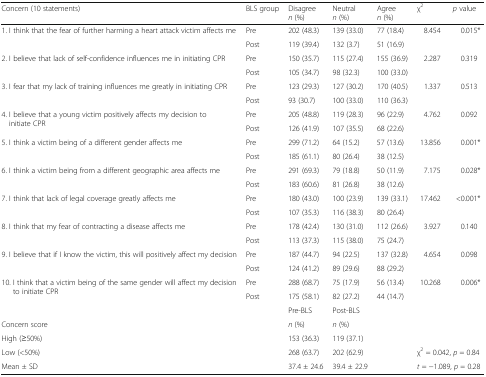
<table><thead><tr><td><b>Concern (10 statements)</b></td><td><b>BLS group</b></td><td><b>Disagree<i>n</i> (%)</b></td><td><b>Neutral<i>n</i> (%)</b></td><td><b>Agree<i>n</i> (%)</b></td><td><b>χ<sup>2</sup></b></td><td><b><i>p</i> value</b></td></tr></thead><tbody><tr><td rowspan="2">1. I think that the fear of further harming a heart attack victim affects me</td><td>Pre</td><td>202 (48.3)</td><td>139 (33.0)</td><td>77 (18.4)</td><td rowspan="2">8.454</td><td rowspan="2">0.015*</td></tr><tr><td>Post</td><td>119 (39.4)</td><td>132 (3.7)</td><td>51 (16.9)</td></tr><tr><td rowspan="2">2. I believe that lack of self-confidence influences me in initiating CPR</td><td>Pre</td><td>150 (35.7)</td><td>115 (27.4)</td><td>155 (36.9)</td><td rowspan="2">2.287</td><td rowspan="2">0.319</td></tr><tr><td>Post</td><td>105 (34.7)</td><td>98 (32.3)</td><td>100 (33.0)</td></tr><tr><td rowspan="2">3. I fear that my lack of training influences me greatly in initiating CPR</td><td>Pre</td><td>123 (29.3)</td><td>127 (30.2)</td><td>170 (40.5)</td><td rowspan="2">1.337</td><td rowspan="2">0.513</td></tr><tr><td>Post</td><td>93 (30.7)</td><td>100 (33.0)</td><td>110 (36.3)</td></tr><tr><td rowspan="2">4. I believe that a young victim positively affects my decision to initiate CPR</td><td>Pre</td><td>205 (48.8)</td><td>119 (28.3)</td><td>96 (22.9)</td><td rowspan="2">4.762</td><td rowspan="2">0.092</td></tr><tr><td>Post</td><td>126 (41.9)</td><td>107 (35.5)</td><td>68 (22.6)</td></tr><tr><td rowspan="2">5. I think a victim being of a different gender affects me</td><td>Pre</td><td>299 (71.2)</td><td>64 (15.2)</td><td>57 (13.6)</td><td rowspan="2">13.856</td><td rowspan="2">0.001*</td></tr><tr><td>Post</td><td>185 (61.1)</td><td>80 (26.4)</td><td>38 (12.5)</td></tr><tr><td rowspan="2">6. I think a victim being from a different geographic area affects me</td><td>Pre</td><td>291 (69.3)</td><td>79 (18.8)</td><td>50 (11.9)</td><td rowspan="2">7.175</td><td rowspan="2">0.028*</td></tr><tr><td>Post</td><td>183 (60.6)</td><td>81 (26.8)</td><td>38 (12.6)</td></tr><tr><td rowspan="2">7. I think that lack of legal coverage greatly affects me</td><td>Pre</td><td>180 (43.0)</td><td>100 (23.9)</td><td>139 (33.1)</td><td rowspan="2">17.462</td><td rowspan="2">&lt;0.001*</td></tr><tr><td>Post</td><td>107 (35.3)</td><td>116 (38.3)</td><td>80 (26.4)</td></tr><tr><td rowspan="2">8. I think that my fear of contracting a disease affects me</td><td>Pre</td><td>178 (42.4)</td><td>130 (31.0)</td><td>112 (26.6)</td><td rowspan="2">3.927</td><td rowspan="2">0.140</td></tr><tr><td>Post</td><td>113 (37.3)</td><td>115 (38.0)</td><td>75 (24.7)</td></tr><tr><td rowspan="2">9. I believe that if I know the victim, this will positively affect my decision</td><td>Pre</td><td>187 (44.7)</td><td>94 (22.5)</td><td>137 (32.8)</td><td rowspan="2">4.654</td><td rowspan="2">0.098</td></tr><tr><td>Post</td><td>124 (41.2)</td><td>89 (29.6)</td><td>88 (29.2)</td></tr><tr><td rowspan="2">10. I think that a victim being of the same gender will affect my decision to initiate CPR</td><td>Pre</td><td>288 (68.7)</td><td>75 (17.9)</td><td>56 (13.4)</td><td rowspan="2">10.268</td><td rowspan="2">0.006*</td></tr><tr><td>Post</td><td>175 (58.1)</td><td>82 (27.2)</td><td>44 (14.7)</td></tr><tr><td colspan="2"></td><td>Pre-BLS</td><td>Post-BLS</td><td colspan="3"></td></tr><tr><td colspan="2">Concern score</td><td><i>n</i> (%)</td><td><i>n</i> (%)</td><td colspan="3"></td></tr><tr><td colspan="2">High (≥50%)</td><td>153 (36.3)</td><td>119 (37.1)</td><td colspan="3"></td></tr><tr><td colspan="2">Low (&lt;50%)</td><td>268 (63.7)</td><td>202 (62.9)</td><td></td><td colspan="2">χ<sup>2</sup> = 0.042, <i>p</i> = 0.84</td></tr><tr><td colspan="2">Mean ± SD</td><td>37.4 ± 24.6</td><td>39.4 ± 22.9</td><td></td><td colspan="2"><i>t</i> = −1.089, <i>p</i> = 0.28</td></tr></tbody></table>